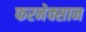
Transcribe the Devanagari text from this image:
फरनेक्सान